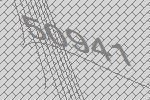
50941